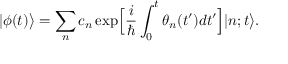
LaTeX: | \phi ( t ) \bigr > = \sum _ { n } c _ { n } \exp \Bigl [ \frac { i } { \hbar } \int _ { 0 } ^ { t } \theta _ { n } ( t ^ { \prime } ) d t ^ { \prime } \Bigr ] | n ; t \bigr > .